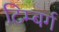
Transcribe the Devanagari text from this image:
टिम्बर्ग